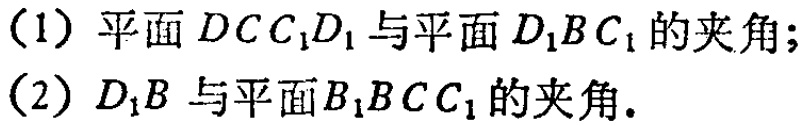
（1）平面\(DCC_{1}D_{1}\)与平面\(D_{1}BC_{1}\)的夹角；
（2）\(D_{1}B\)与平面\(B_{1}BCC_{1}\)的夹角。